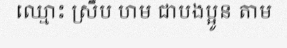
ឈ្មោះ ស្រឹប ហម ជាបងប្អូន តាម